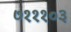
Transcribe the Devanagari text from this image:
७१११०३